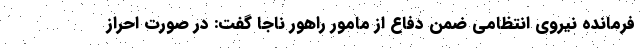
فرمانده نیروی انتظامی ضمن دفاع از مامور راهور ناجا گفت: در صورت احراز